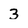
Character: 3